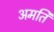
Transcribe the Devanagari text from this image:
अमति